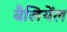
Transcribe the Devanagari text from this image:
बैलियेंल